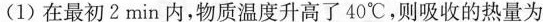
(1)在最初2min内，物质温度升高了40℃，则吸收的热量为